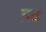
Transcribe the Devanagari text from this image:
ब़ढ